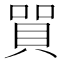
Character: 𲂭